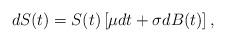
LaTeX: \begin{align*}dS(t) &= S(t)\left[\mu dt + \sigma dB(t)\right],\end{align*}